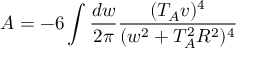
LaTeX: A = - 6 \int \frac { d w } { 2 \pi } \frac { ( T _ { A } v ) ^ { 4 } } { ( w ^ { 2 } + T _ { A } ^ { 2 } R ^ { 2 } ) ^ { 4 } }